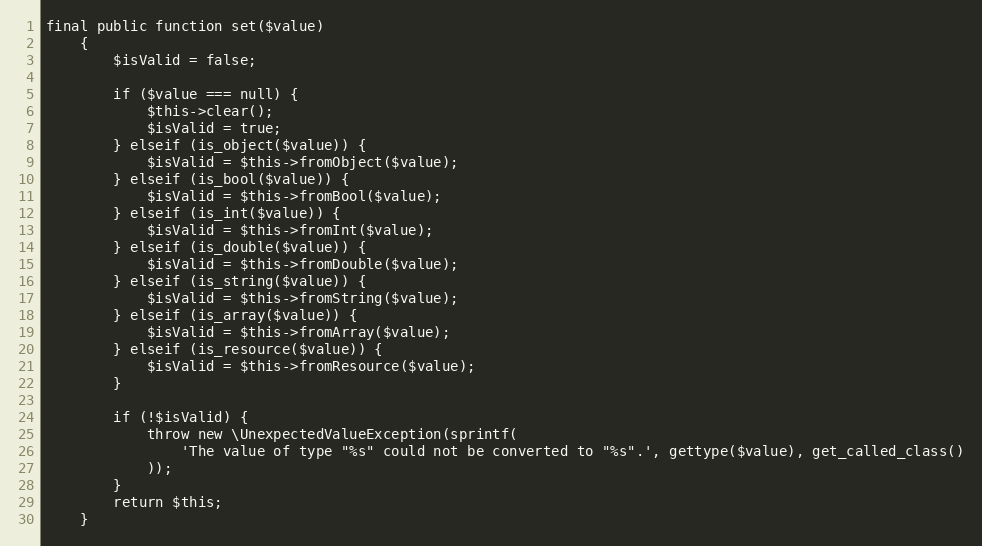
Language: PHP
final public function set($value)
    {
        $isValid = false;

        if ($value === null) {
            $this->clear();
            $isValid = true;
        } elseif (is_object($value)) {
            $isValid = $this->fromObject($value);
        } elseif (is_bool($value)) {
            $isValid = $this->fromBool($value);
        } elseif (is_int($value)) {
            $isValid = $this->fromInt($value);
        } elseif (is_double($value)) {
            $isValid = $this->fromDouble($value);
        } elseif (is_string($value)) {
            $isValid = $this->fromString($value);
        } elseif (is_array($value)) {
            $isValid = $this->fromArray($value);
        } elseif (is_resource($value)) {
            $isValid = $this->fromResource($value);
        }

        if (!$isValid) {
            throw new \UnexpectedValueException(sprintf(
                'The value of type "%s" could not be converted to "%s".', gettype($value), get_called_class()
            ));
        }
        return $this;
    }